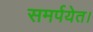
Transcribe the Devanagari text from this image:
समर्पयेत।